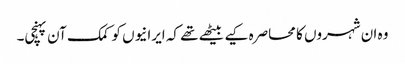
وہ ان شہروں کا محاصرہ کیے بیٹھے تھے کہ ایرانیوں کو کمک آن پہنچی۔